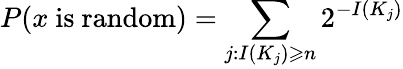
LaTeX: P(x{\mathrm{~is~random}})=\sum_{j:I(K_{j})\geqslant n}2^{-I(K_{j})}